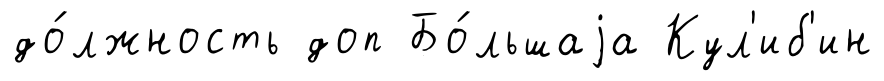
до́лжность доп Бо́льшаjа Кул'иб'ин